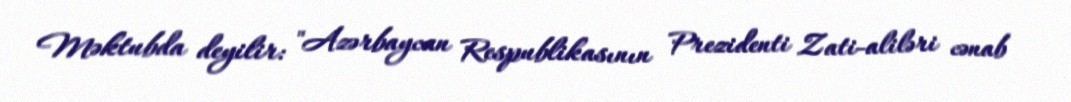
Məktubda deyilir: "Azərbaycan Respublikasının Prezidenti Zati-aliləri cənab